Civil Veterinary Department Bihar & Orissa reports 1911-21 - 1911-1921
Year: 1911
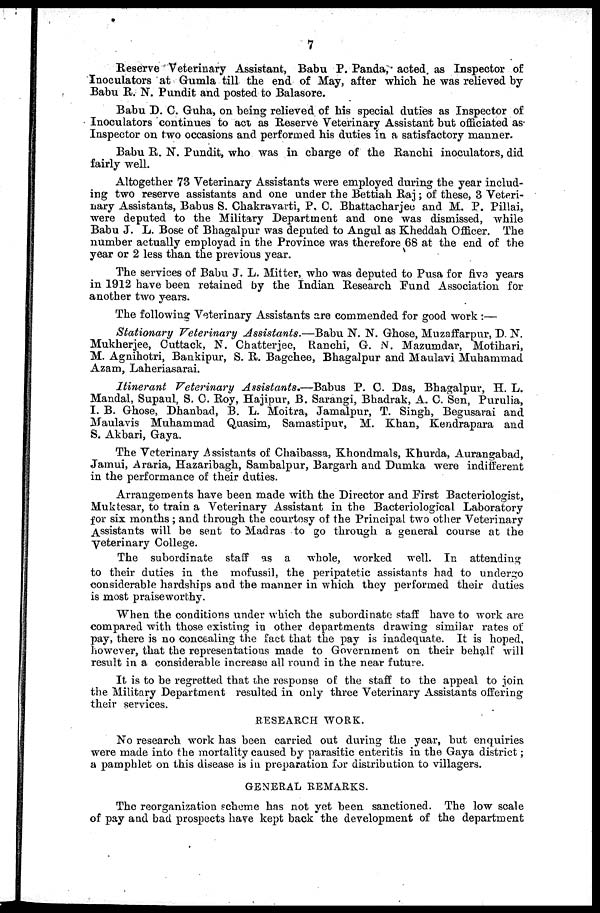
7
Reserve Veterinary Assistant, Babu P. Panda, acted as Inspector of
Inoculators at Gumla till the end of May, after which he was relieved by
Babu R. N. Pundit and posted to Balasore.
Babu D. C. Guha, on being relieved of his special duties as Inspector of
Inoculators continues to act as Reserve Veterinary Assistant but officiated as
Inspector on two occasions and performed his duties in a satisfactory manner.
Babu R. N. Pundit, who was in charge of the Ranchi inoculators, did
fairly well.
Altogether 73 Veterinary Assistants were employed during the year includ-
ing two reserve assistants and one under the Bettiah Raj; of these, 3 Veteri-
nary Assistants, Babus S. Chakravarti, P. C. Bhattacharjee and M. P. Pillai,
were deputed to the Military Department and one was dismissed, while
Babu J. L. Bose of Bhagalpur was deputed to Angul as Kheddah Officer. The
number actually employad in the Province was therefore 68 at the end of the
year or 2 less than the previous year.
The services of Babu J. L. Mitter, who was deputed to Pusa for five years
in 1912 have been retained by the Indian Research Fund Association for
another two years.
The following Veterinary Assistants are commended for good work :—
Stationary Veterinary Assistants.—Babu
N. N. Ghose, Muzaffarpur, D. N.
Mukherjee, Outtack, N. Chatterjee, Ranchi, G. N. Mazumdar, Motihari,
M. Agnihotri, Bankipur, S. R. Bagchee, Bhagalpur and Maulavi Muhammad
Azam, Laheriasarai.
Itinerant
Veterinary
Assistants.—Babus
P. C. Das, Bhagalpur, H. L.
Mandal, Supaul, S. C. Roy, Hajipur, B. Sarangi, Bhadrak, A. C. Sen, Purulia,
I. B. Ghose, Dhanbad, B. L. Moitra, Jamalpur, T. Singh, Begusarai and
Maulavis Muhammad Quasim, Samastipur, M. Khan, Kendrapara and
S. Akbari, Gaya.
The Veterinary Assistants of Chaibassa, Khondmals, Khurda, Aurangabad,
Jamui, Araria, Hazaribagh, Sambalpur, Bargarh and Dumka were indifferent
in the performance of their duties.
Arrangements have been made with the Director and First Bacteriologist,
Muktesar, to train a Veterinary Assistant in the Bacteriological Laboratory
for six months; and through the courtesy of the Principal two other Veterinary
Assistants will be sent to Madras to go through a general course at the
Veterinary College.
The subordinate staff as a
whole, worked well. In attending
to their duties in the mofussil, the peripatetic assistants had to undergo
considerable hardships and the manner in which they performed their duties
is most praiseworthy.
When the conditions under which the subordinate staff have to work are
compared with those existing in other departments drawing similar rates of
pay, there is no concealing the fact that the pay is inadequate. It is hoped,
however, that the representations made to Government on their behalf will
result in a considerable increase all round in the near future.
It is to be regretted that the response of the staff to the appeal to join
the Military Department resulted in only three Veterinary Assistants offering
their services.
RESEARCH WORK.
No research work has been carried out during the year, but enquiries
were made into the mortality caused by parasitic enteritis in the Gaya district;
a pamphlet on this disease is in preparation for distribution to villagers.
GENERAL REMARKS.
The reorganization scheme has not yet been sanctioned. The low scale
of pay and bad prospects have kept back the development of the department